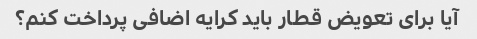
آیا برای تعویض قطار باید کرایه اضافی پرداخت کنم؟